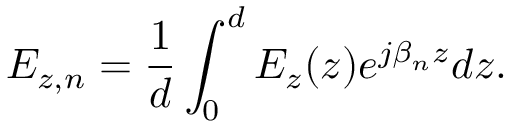
E _ { z , n } = \frac { 1 } { d } \int _ { 0 } ^ { d } E _ { z } ( z ) e ^ { j \beta _ { n } z } d z .